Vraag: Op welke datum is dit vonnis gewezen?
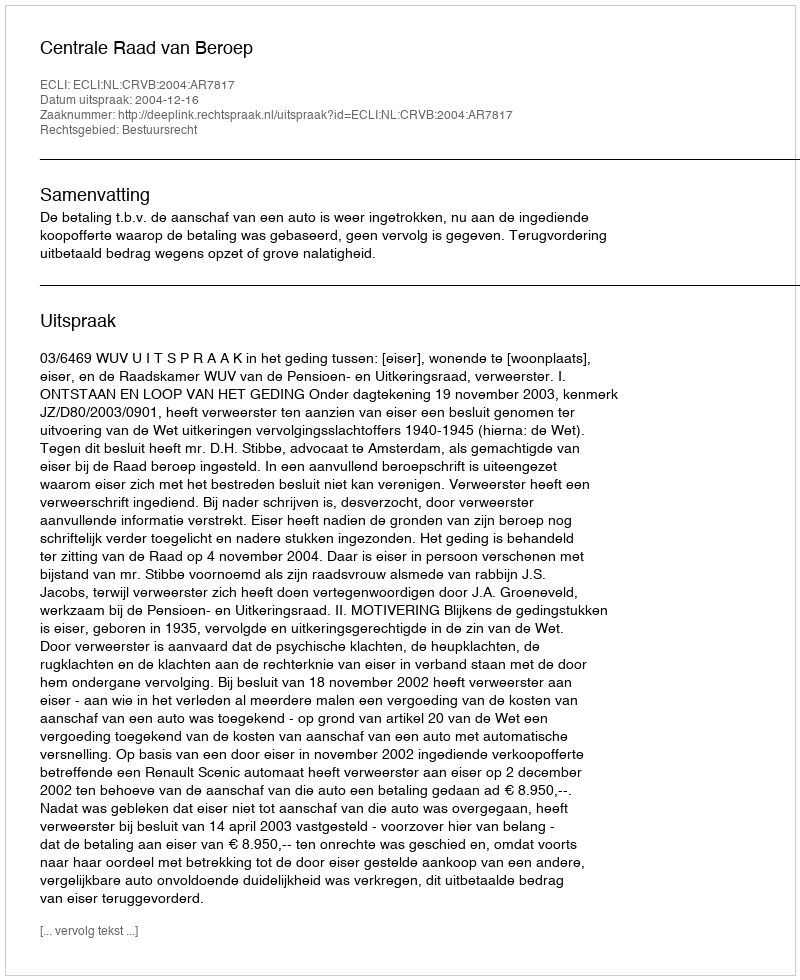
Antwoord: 2004-12-16